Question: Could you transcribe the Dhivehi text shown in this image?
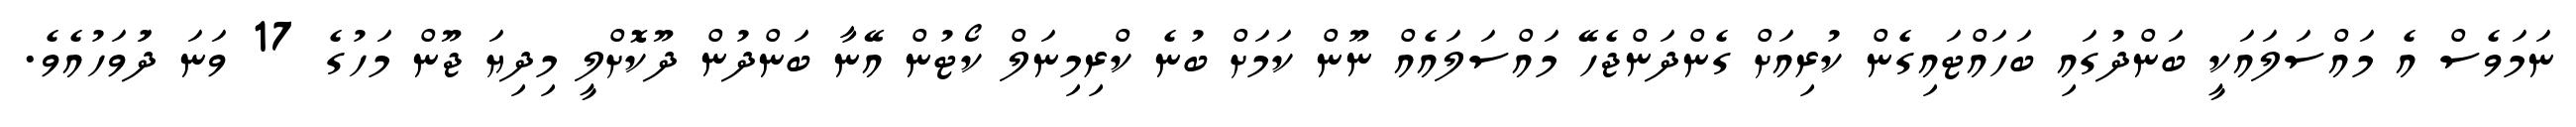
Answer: ނަމަވެސް އެ މައްސަލައަކީ ބަންދުގައި ބަހައްޓައިގެން ކުރިއަށް ގެންދަންޖެހޭ މައްސަލައެއް ނޫން ކަމަށް ބުނެ ކްރިމިނަލް ކޯޓުން އޭނާ ބަންދުން ދޫކޮށްލީ މިދިޔަ ޖޫން މަހުގެ 17 ވަނަ ދުަވަހުއެވެ.